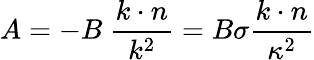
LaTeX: A=-B\ \frac{k\cdot n}{k^{2}}=B\sigma\frac{k\cdot n}{\kappa^{2}}